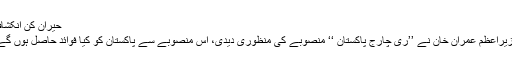
حیران کن انکشاف
وزیراعظم عمران خان نے ’’ری چارج پاکستان ‘‘ منصوبے کی منظوری دیدی، اس منصوبے سے پاکستان کو کیا فوائد حاصل ہوں گے؟